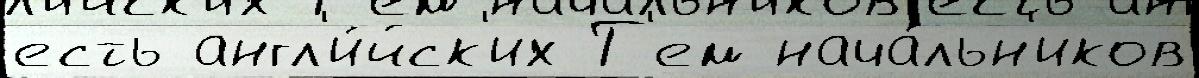
есть англ'и́йск'их Т'ем нача́льн'иков